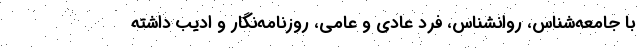
با جامعه‌شناس، روانشناس، فرد عادی و عامی، روزنامه‌نگار و ادیب داشته